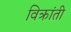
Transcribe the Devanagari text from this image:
विक्रांती